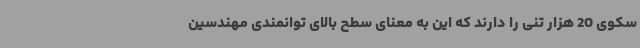
سکوی 20 هزار تنی را دارند که این به معنای سطح بالای توانمندی مهندسین